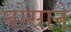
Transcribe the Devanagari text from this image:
घोसाने